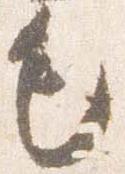
毛